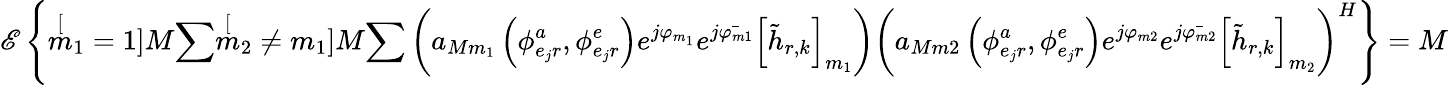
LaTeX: \mathscr{E}\left\{ \stackrel[m_{1}=1]{M}{\sum}\stackrel[m_{2}\neq m_{1}]{M}{\sum}\left(a_{Mm_{1}}\left(\phi_{e_{j}r}^{a},\phi_{e_{j}r}^{e}\right)e^{j\varphi_{m_{1}}}e^{j\bar{\varphi_{m1}}}\left[\tilde{h}_{r,k}\right]_{m_{1}}\right)\left(a_{Mm2}\left(\phi_{e_{j}r}^{a},\phi_{e_{j}r}^{e}\right)e^{j\varphi_{m2}}e^{j\bar{\varphi_{m2}}}\left[\tilde{h}_{r,k}\right]_{m_{2}}\right)^{H}\right\} =M